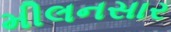
મીલનસાર